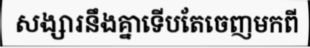
សង្សារនឹងគ្នាទើបតែចេញមកពី